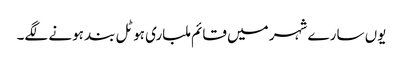
یوں سارے شہر میں قائم ملباری ہوٹل بند ہونے لگے۔